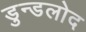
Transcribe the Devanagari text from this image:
डुन्डलोद